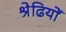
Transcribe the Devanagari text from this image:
श्रेढियों